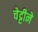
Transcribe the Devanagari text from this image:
चेट्टीने